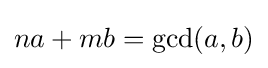
na+mb=\gcd(a,b)